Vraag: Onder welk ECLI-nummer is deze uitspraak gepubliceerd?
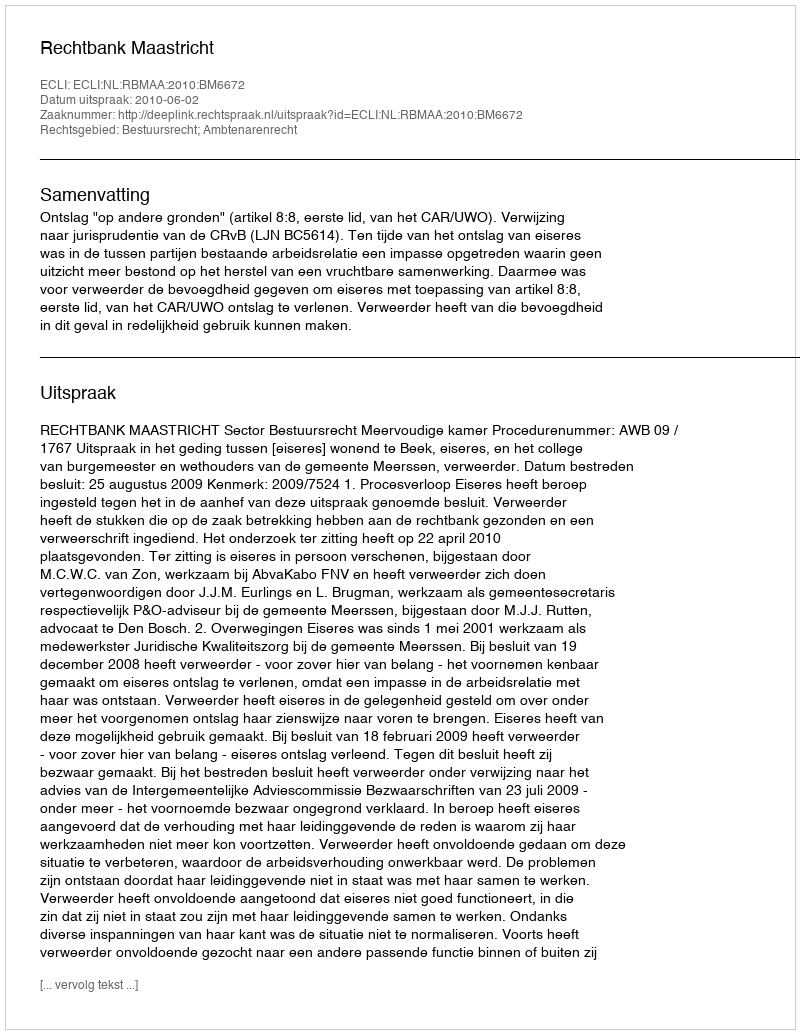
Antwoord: ECLI:NL:RBMAA:2010:BM6672